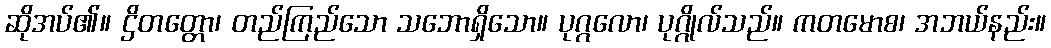
ဆိုအပ်၏။ ဌိတတ္တော၊ တည်ကြည်သော သဘောရှိသော။ ပုဂ္ဂလော၊ ပုဂ္ဂိုလ်သည်။ ကတမောစ၊ အဘယ်နည်း။